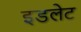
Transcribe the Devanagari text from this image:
इडलेट